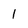
Character: 1